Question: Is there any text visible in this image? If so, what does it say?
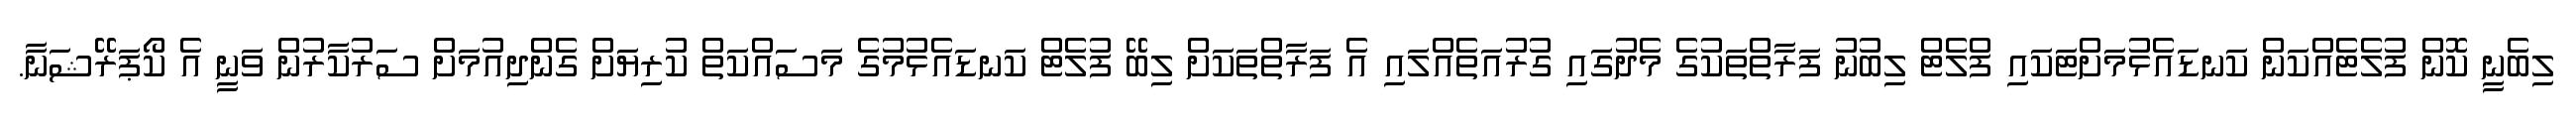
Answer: ލިބެނީ ކޮން ފުލެޓެއްކަން ކަނޑައެޅުމަށްޓަކައި ފްލެޓް ލިބުނު ފަރާތްތަކުގެ މެދުގައި ގުރުއަތެއްލައި އެ ފަރާތްތަކަށް ލިބޭ ފުލެޓް ކަނޑައެޅުމުގެ މަސައްކަތް ކުރިޔަށް ގެންދިއުމަށް ސަރުކާރުން ވަނީ އެ ކޯޕަރޭޝަނާ.